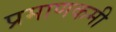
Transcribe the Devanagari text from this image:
प्रमाणकमी